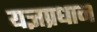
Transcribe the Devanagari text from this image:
यज्ञप्रधान